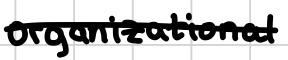
Text: organizational
Cross-out: single-line
Writing tool: digital_black